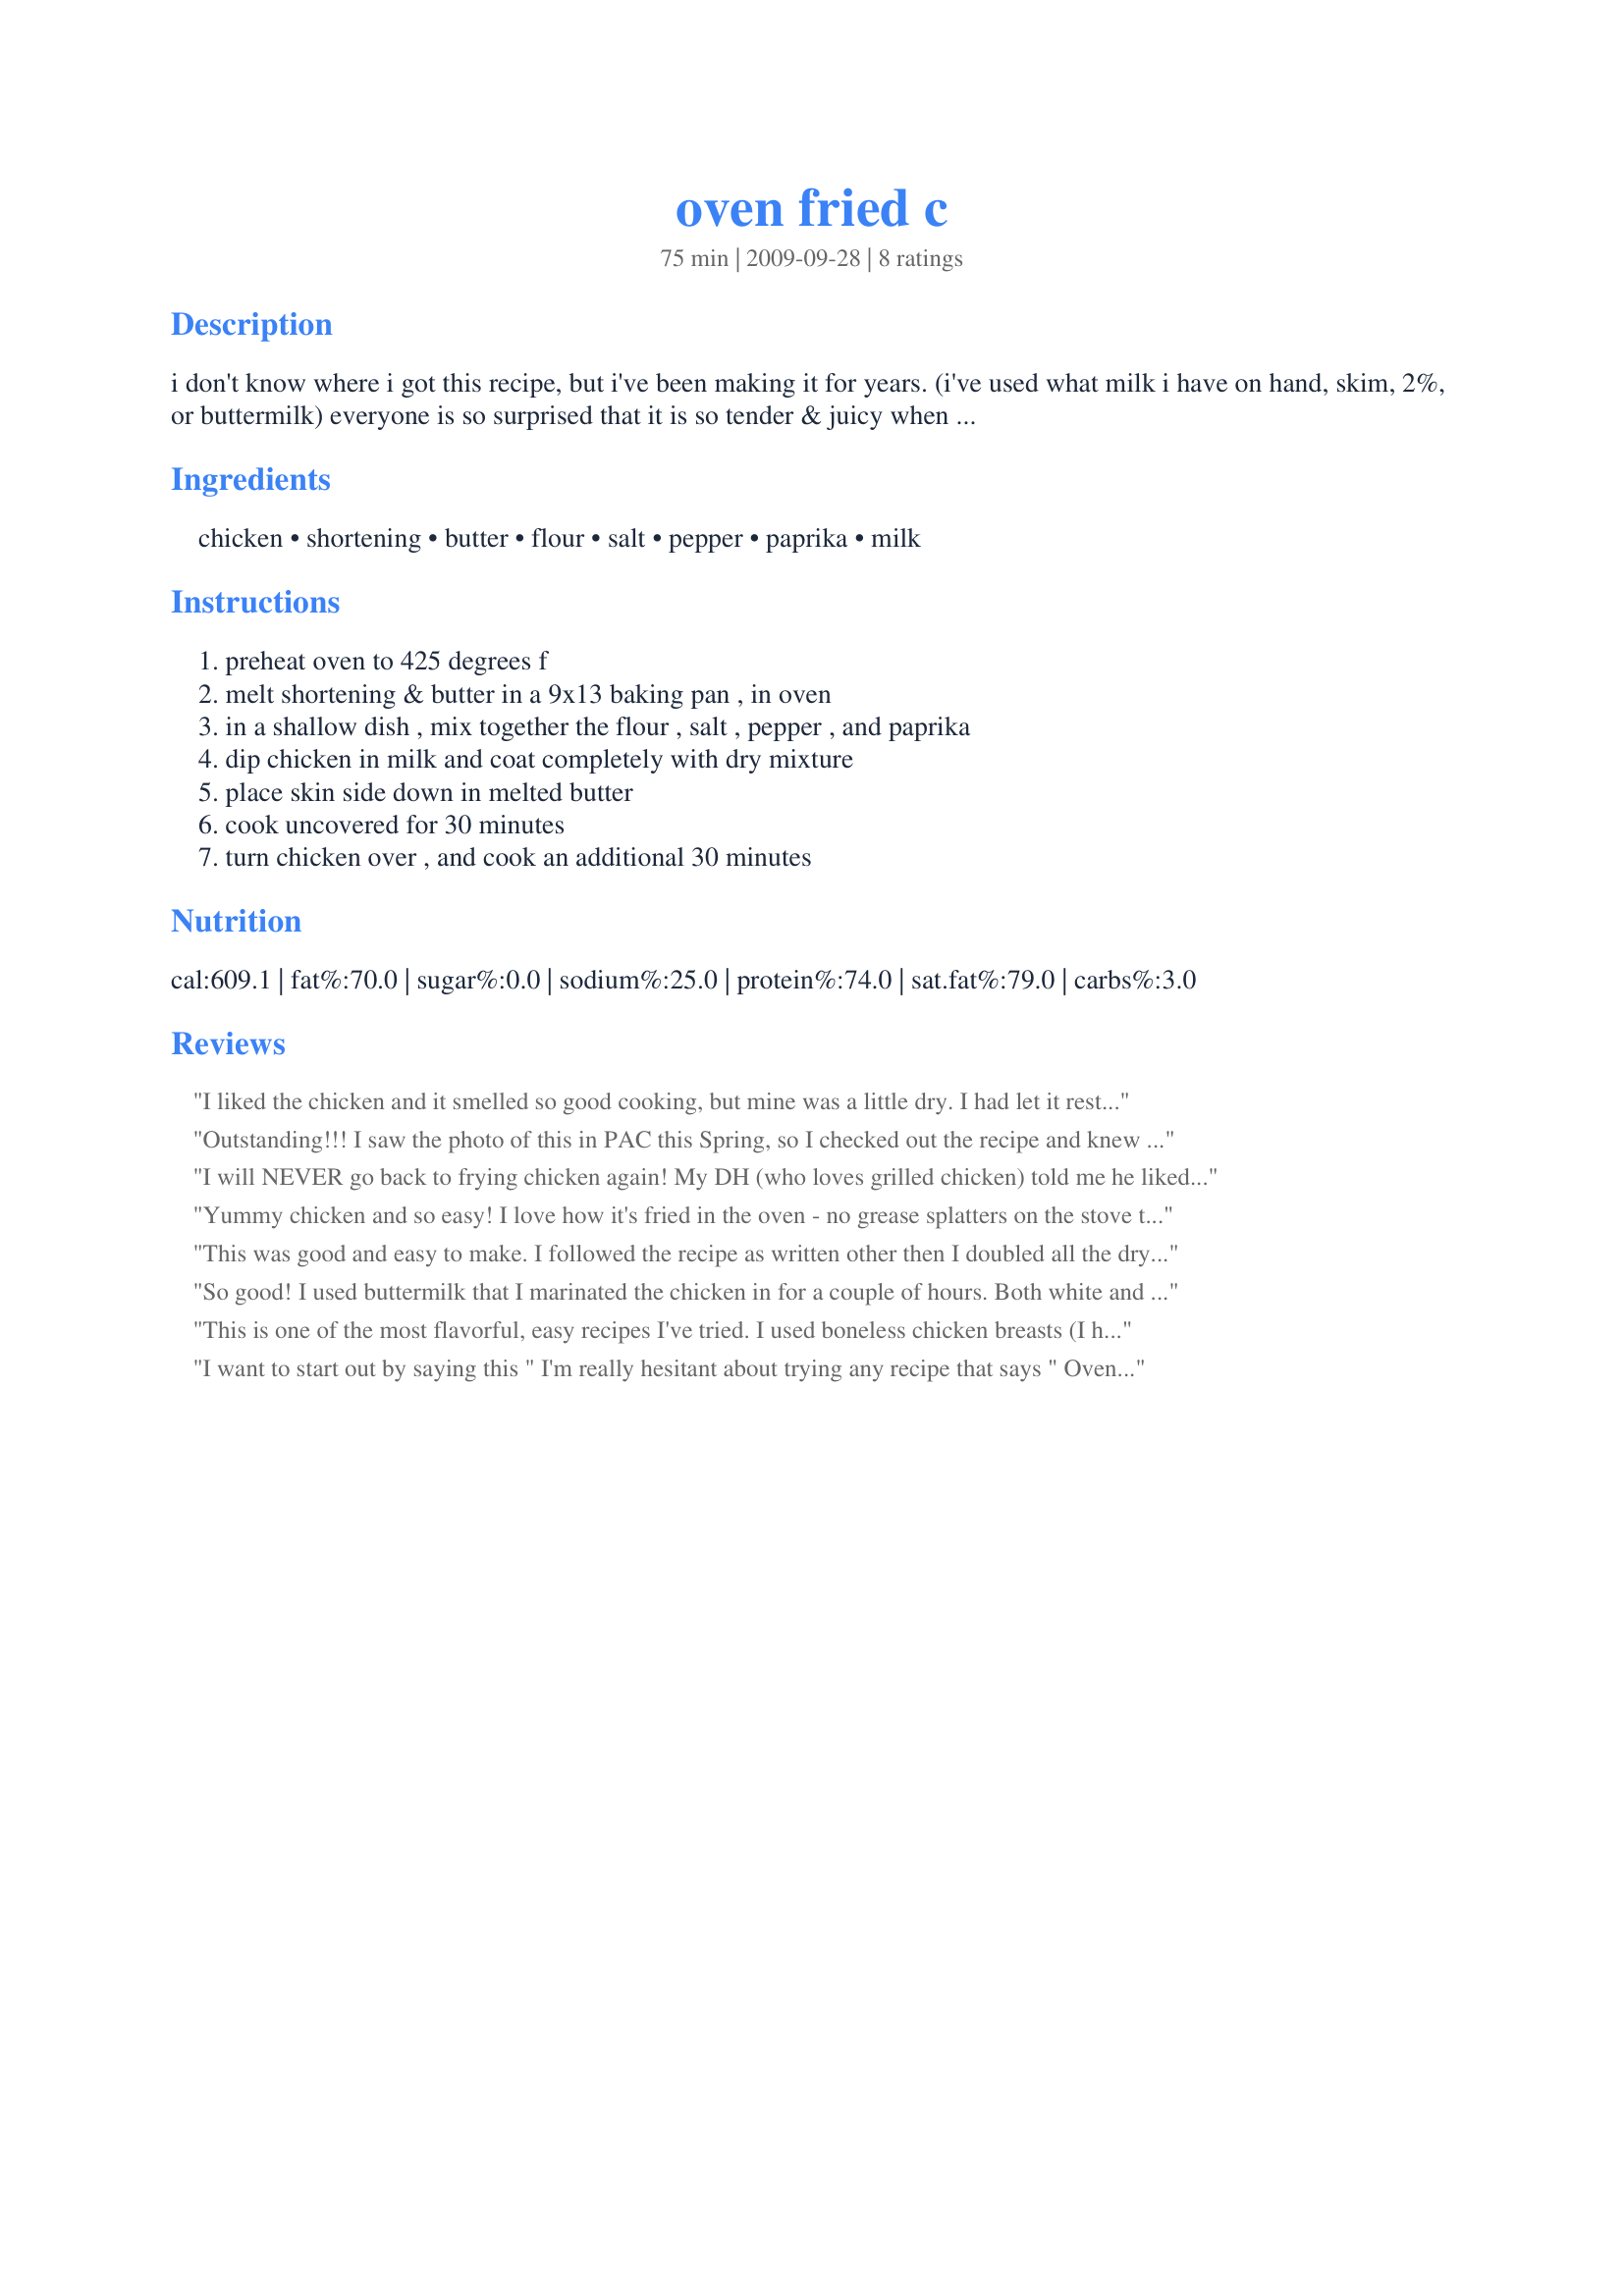
oven fried c
Preparation time: 75 minutes

i don't know where i got this recipe, but i've been making it for years.
(i've used what milk i have on hand, skim, 2%, or buttermilk)
everyone is so surprised that it is so tender & juicy when i make it. such simple ingredients; such yummy chicken.

Ingredients:
chicken, shortening, butter, flour, salt, pepper, paprika, milk

Steps:
preheat oven to 425 degrees f, melt shortening & butter in a 9x13 baking pan , in oven, in a shallow dish , mix together the flour , salt , pepper , and paprika, dip chicken in milk and coat completely with dry mixture, place skin side down in melted butter, cook uncovered for 30 minutes, turn chicken over , and cook an additional 30 minutes

Reviews:
I liked the chicken and it smelled so good cooking, but mine was a little dry. I had let it rest for 20 min. so not sure if that had anything to do with it. Served with Recipe #232645.
Outstanding!!! I saw the photo of this in PAC this Spring, so I checked out the recipe and knew I had to try this one. This is how I have made my fried chicken for years but just in a skillet or electric skillet. My DD and her BF came over for dinner last night and we all just loved how crispy it got on the outside but remained so nice and juicy on the inside. I used a 13 X 9 foil pan and followed as instructed. I then poured all but a couple of Tbsp's of the drippings off and then made that into gravy, served over mashed potatoes and corn on the cob. This is my new go to for fried chicken. Thanks so much for sharing this recipe.
I will NEVER go back to frying chicken again! My DH (who loves grilled chicken) told me he liked this better than grilled! It is soooo good I know I will make it alot. I did use Crisco oil and Bisquick and added some garlic granules, but it was still awesome. Thank you so much for a definite keeper!
Yummy chicken and so easy! I love how it's fried in the oven - no grease splatters on the stove top! The outside was crisp and the inside was very moist and tender. Thanks Teresa61 for a nice keeper. Made for PAC Spring 2010.
This was good and easy to make. I followed the recipe as written other then I doubled all the dry ingredients. This cooked up nicely but hubby thought it could have used more flavor. Next time I might add onion powder or garlic powder to the mixture.
So good! I used buttermilk that I marinated the chicken in for a couple of hours. Both white and dark meat juicy and flavorful. Thanks!
This is one of the most flavorful, easy recipes I've tried. I used boneless chicken breasts (I hate bones), and just cut the cooking time by 10 minutes, and it was juicy, moist and delicious. Paired with roasted garlic mashed potatoes and gravy, and it was the perfect midweek meal.
I want to start out by saying this " I'm really hesitant about trying any recipe that says " Oven Fried " because the ones that I've tried are never crisp. " Now on with the review, I had some chicken thighs that I needed to do something with so I did a search and came across this one and decided to try it. Except for using just chicken thighs and increasing the flour and seasonings a bit, the recipe was made as written. And WOW !!!! the taste was just perfect, crispy on the outside moist and juicy on the inside. I can't believe that simple ingredients could make such a wonderful finished product. When this is made again, ( and there will be a next time ;) ) I'm going to cut the baking time down about 10 minutes it was just a bit too much on the dark side for me. Thank you so much for posting and, " Keep Smiling :) "
